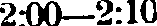
2:00—2:10